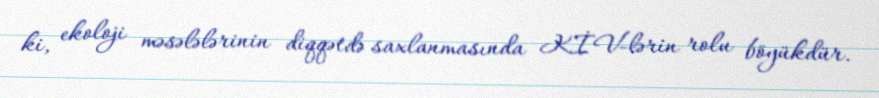
ki, ekoloji məsələlərinin diqqətdə saxlanmasında KİV-lərin rolu böyükdür.